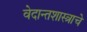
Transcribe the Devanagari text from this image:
वेदान्तशास्त्राचे